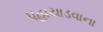
પહાચાડવાના